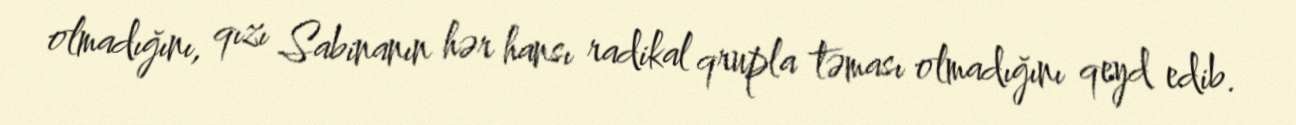
olmadığını, qızı Sabinanın hər hansı radikal qrupla təması olmadığını qeyd edib.